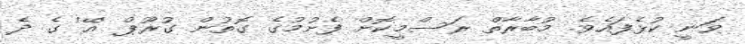
ވަނީ ކުޅެފައެވެ. މުބާރާތް ރަސްމީކޮށް ފެށުމުގެ ގޮތުން ގުރޫޕް 'އޭ' ގެ ދެ